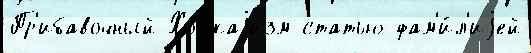
Пр'ибавочный Ходжаjизм статью фам'и́л'иjей